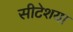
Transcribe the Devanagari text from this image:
सीटेशया